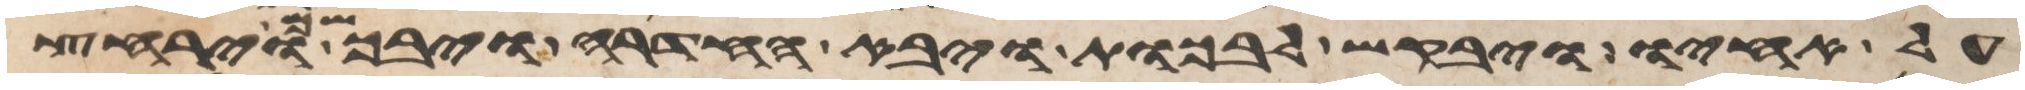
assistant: על אחיו ויבקש לבכות ויבא החדרה ויבך שם וירחץ